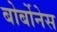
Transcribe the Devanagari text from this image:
बोर्बोनेस